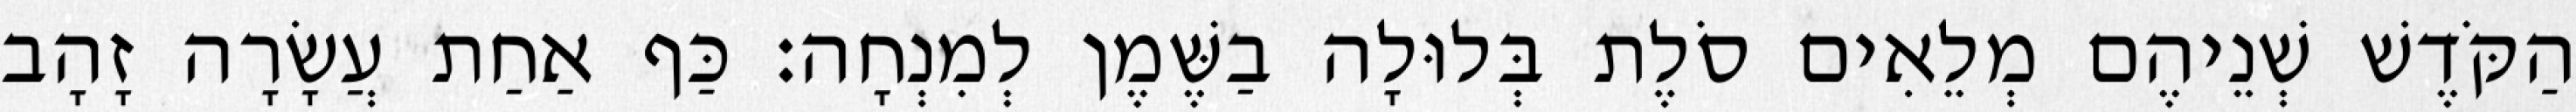
הַקֹּדֶשׁ שְׁנֵיהֶם מְלֵאִים סֹלֶת בְּלוּלָה בַשֶּׁמֶן לְמִנְחָה׃ כַּף אַחַת עֲשָׂרָה זָהָב